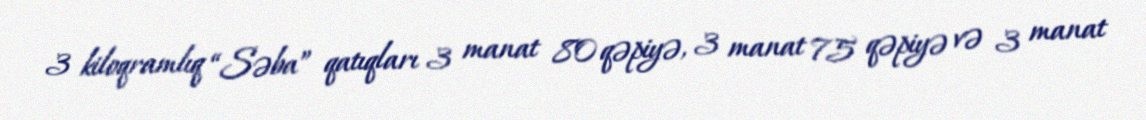
3 kiloqramlıq “Səba” qatıqları 3 manat 80 qəpiyə, 3 manat 75 qəpiyə və 3 manat